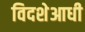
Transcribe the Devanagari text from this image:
विदशेआधी